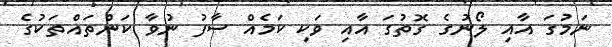
ނަމުގަ އާއި ލޯނުގެ ގޮތުގަ އާއި ވަކި ކަމެއް ސާފު ނުވާ ކަންތައްތަކުގެ